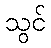
သွင်